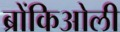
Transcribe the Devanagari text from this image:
ब्रोंकिओली